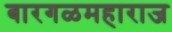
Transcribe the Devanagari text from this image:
बारगळमहाराज